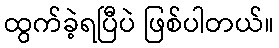
ထွက်ခဲ့ရပြီပဲ ဖြစ်ပါတယ်။